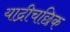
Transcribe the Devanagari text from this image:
याद्रीचछिक